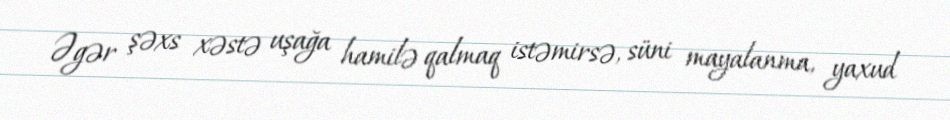
Əgər şəxs xəstə uşağa hamilə qalmaq istəmirsə, süni mayalanma, yaxud